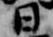
日